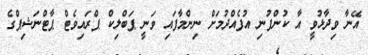
އޭނާ ވިދާޅުވީ އާ ކުންފުނި އުފެއްދުމަށް ނިންމާފައި ވަނީ ޕަބްލިކް ޕްރައިވެޓް ޕާޓްނަޝިޕްގެ